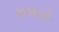
રાખતો